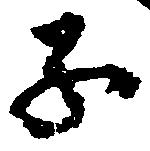
子